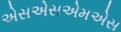
એસએસએમએસ